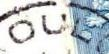
OUL